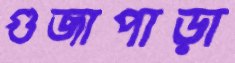
গুজাপাড়া